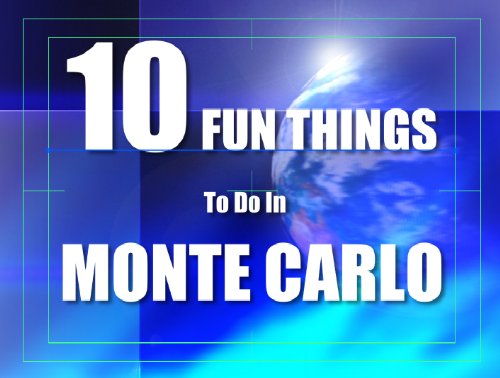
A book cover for TEN FUN THINGS TO DO IN MONTE CARLO; MINI GUIDE LLC; Travel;